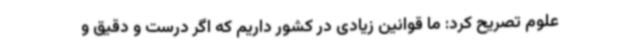
علوم تصریح کرد: ما قوانین زیادی در کشور داریم که اگر درست و دقیق و